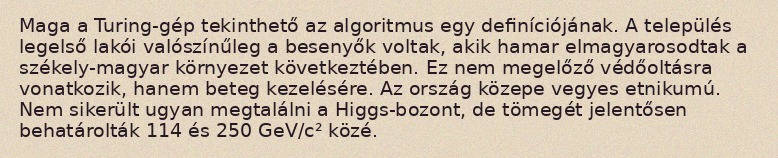
Maga a Turing-gép tekinthető az algoritmus egy definíciójának. A település legelső lakói valószínűleg a besenyők voltak, akik hamar elmagyarosodtak a székely-magyar környezet következtében. Ez nem megelőző védőoltásra vonatkozik, hanem beteg kezelésére. Az ország közepe vegyes etnikumú. Nem sikerült ugyan megtalálni a Higgs-bozont, de tömegét jelentősen behatárolták 114 és 250 GeV/c² közé.